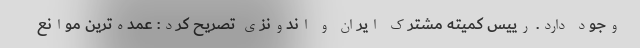
وجود دارد. رییس کمیته مشترک ایران و اندونزی تصریح کرد: عمده‌ترین موانع